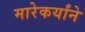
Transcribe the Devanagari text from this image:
मारेकर्यांने